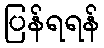
ပြန်ရရန်